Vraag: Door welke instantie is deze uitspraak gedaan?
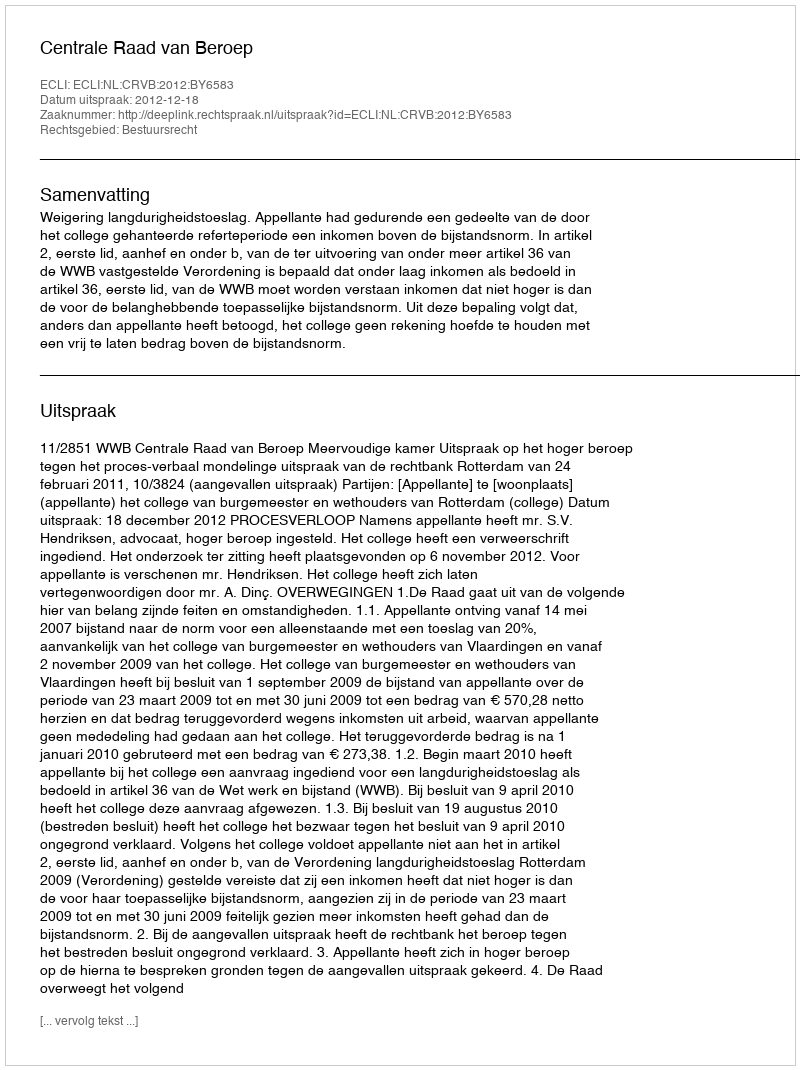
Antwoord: Centrale Raad van Beroep